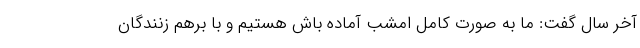
آخر سال گفت: ما به صورت کامل امشب آماده باش هستیم و با برهم زنندگان